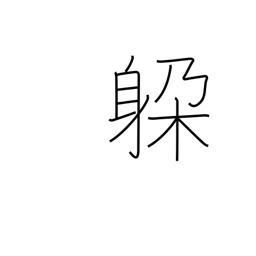
Meaning: dodge